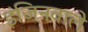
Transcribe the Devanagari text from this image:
इंजिनवाले